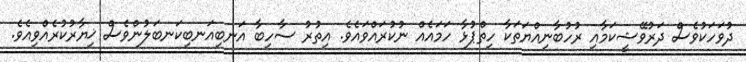
ދުވަހަކުވެސް ދަރުވޭޝީކަމާއި ރުހުބާނިއްޔަތަކާ ހިތްޕުޅާ ހަމައެއް ނުކުރައްވައެވެ. އިތުރު ސާހިބާ އަނބިއަނބިކަނބަލުންވެސް ޚިޔާރުކުރެއްވިއެވެ.